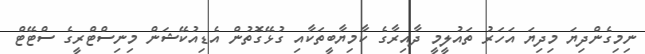
ނިމިގެންދިޔަ މިދިޔަ އަހަރު ތައުލީމީ ދާއިރާގެ ކާމިޔާބީތަކާއި ގުޅޭގޮތުން އެޑިއުކޭޝަން މިނިސްޓްރީގެ ސްޓޭޓް